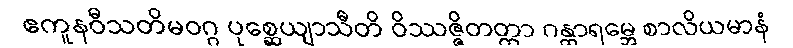
ဧကူနဝီသတိမဝဂ္ဂ ပုစ္ဆေယျာသီတိ ဝိဿဇ္ဇိတတ္တာ ဂန္ထာရမ္ဘေ စာလိယမာနံ